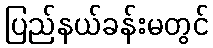
ပြည်နယ်ခန်းမတွင်